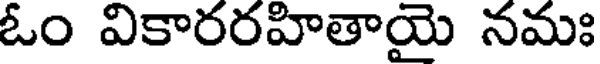
ఓం వికారరహితాయై నమః